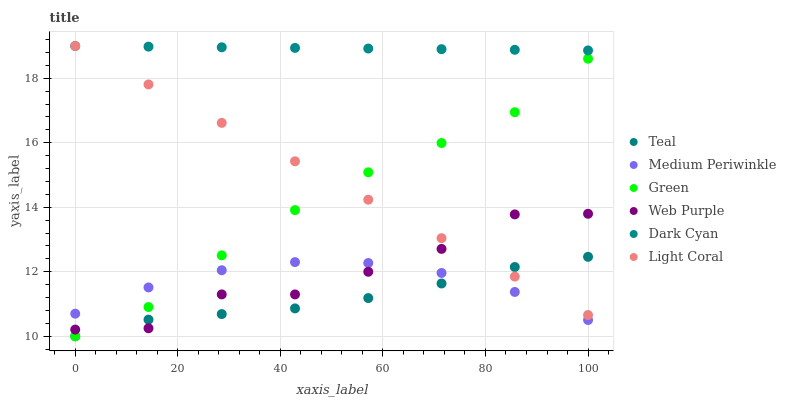
| xaxis_label | Teal | Medium Periwinkle | Green | Web Purple | Dark Cyan | Light Coral |
 | --- | --- | --- | --- | --- | --- | --- |
 | 0 | 10 | 10.7 | 10 | 10.2 | 19 | 19 |
 | 14.3 | 10.5 | 11.5 | 10.9 | 10.2 | 19 | 17.8 |
 | 28.6 | 10.7 | 12 | 12.5 | 11.3 | 19 | 16.6 |
 | 42.9 | 10.9 | 12.3 | 13.9 | 11.3 | 18.9 | 15.4 |
 | 57.1 | 11.2 | 12.3 | 15.1 | 12 | 18.9 | 14.2 |
 | 71.4 | 11.6 | 12 | 16 | 12.7 | 18.9 | 13 |
 | 85.7 | 12.1 | 11.4 | 16.9 | 13.8 | 18.9 | 11.9 |
 | 100 | 12.5 | 10.5 | 18.6 | 13.8 | 18.9 | 10.7 |